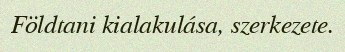
Földtani kialakulása, szerkezete.